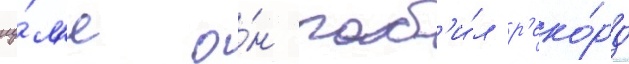
иу́л'е о́н поб'и́л р'еко́рд